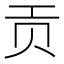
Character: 贡